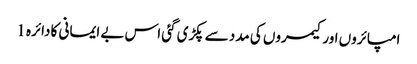
امپائروں اور کیمروں کی مدد سے پکڑی گئی اس بے ایمانی کا دائرہ 1